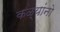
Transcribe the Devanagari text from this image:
कळ्यांनो